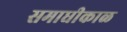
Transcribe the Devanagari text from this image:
समाधीकाळ